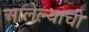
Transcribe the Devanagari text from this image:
आलेल्याची